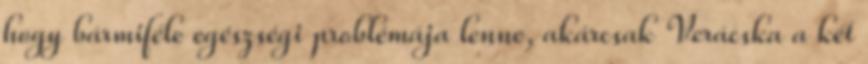
hogy bármiféle egészségi problémája lenne, akárcsak Verácska a két